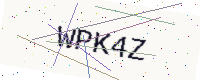
Text: WPK4Z